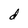
Character: d